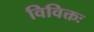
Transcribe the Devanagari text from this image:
विविक्तः